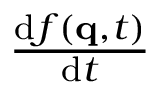
\textstyle { \frac { \mathrm { d } f ( \mathbf { q } , t ) } { \mathrm { d } t } }